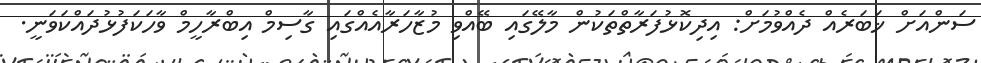
ސަންއަށް ޚަބަރެއް ދެއްވުމަށް: އިދިކޮޅުފަރާތްތަކުން މާލޭގައި ބޭއްވި މުޒާހަރާއެއްގައި ގާސިމް އިބްރާހީމް ވާހަކަފުޅުދައްކަވަނީ.